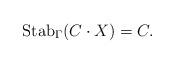
LaTeX: \begin{align*} {\rm Stab}_{\Gamma}(C \cdot X) = C.\end{align*}